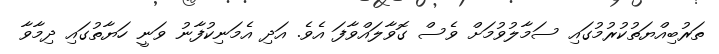
ތަރުބިއްޔަތުކުރުމުގައި ސަމާލުވުމަށް ވެސް ގޮވާލައްވާފަ އެވެ. އަދި އެމަނިކުފާނު ވަނީ ހަޔާތުގައި ދިމާވާ